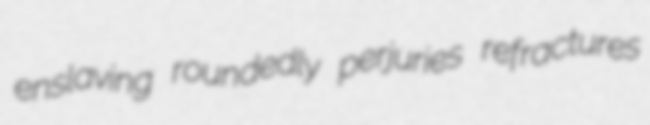
enslaving roundedly perjuries refractures